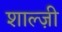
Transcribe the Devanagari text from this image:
शाल्ज़ी